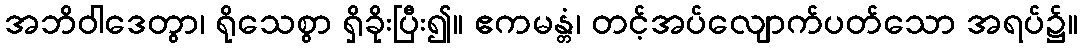
အဘိဝါဒေတွာ၊ ရိုသေစွာ ရှိခိုးပြီး၍။ ဧကမန္တံ၊ တင့်အပ်လျောက်ပတ်သော အရပ်၌။